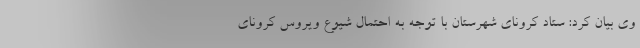
وی بیان کرد: ستاد کرونای شهرستان با توجه به احتمال شیوع ویروس کرونای